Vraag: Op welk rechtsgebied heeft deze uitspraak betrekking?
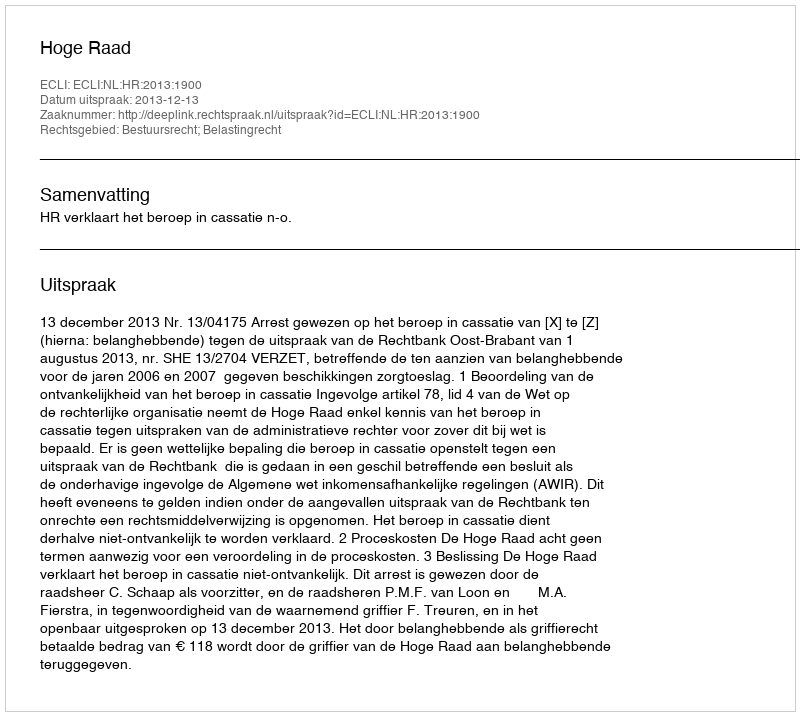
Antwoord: Bestuursrecht; Belastingrecht